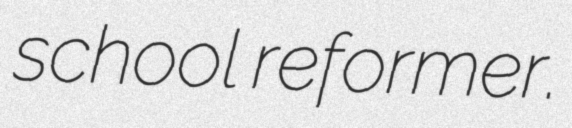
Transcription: school reformer.